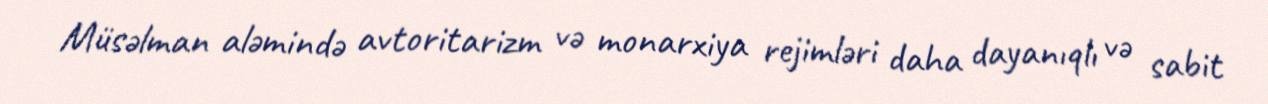
Müsəlman aləmində avtoritarizm və monarxiya rejimləri daha dayanıqlı və sabit